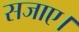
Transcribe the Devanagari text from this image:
सजाए।